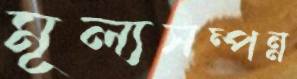
মূল্যসম্পন্ন